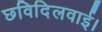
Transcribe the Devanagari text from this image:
छविदिलवाई।